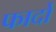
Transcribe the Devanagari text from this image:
फार्दों